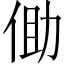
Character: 𪜾